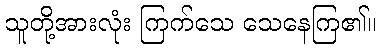
သူတို့အားလုံး ကြက်သေ သေနေကြ၏။